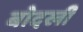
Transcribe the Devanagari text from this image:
बोदखी